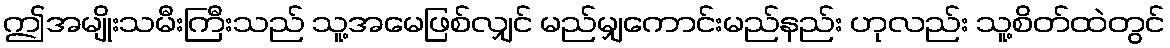
ဤအမျိုးသမီးကြီးသည် သူ့အမေဖြစ်လျှင် မည်မျှကောင်းမည်နည်း ဟုလည်း သူ့စိတ်ထဲတွင်